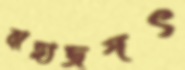
বাহ্যজগৎ